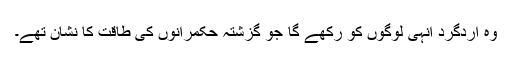
وہ اردگرد انہی لوگوں کو رکھے گا جو گزشتہ حکمرانوں کی طاقت کا نشان تھے۔